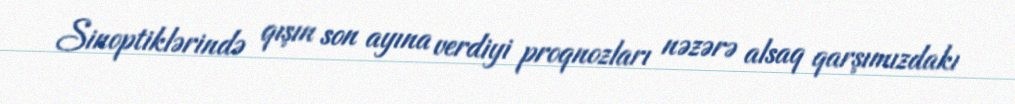
Sinoptiklərində qışın son ayına verdiyi proqnozları nəzərə alsaq qarşımızdakı